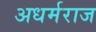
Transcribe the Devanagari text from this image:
अधर्मराज